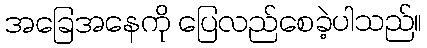
အခြေအနေကို ပြေလည်စေခဲ့ပါသည်။